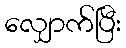
လျှောက်ပြီး